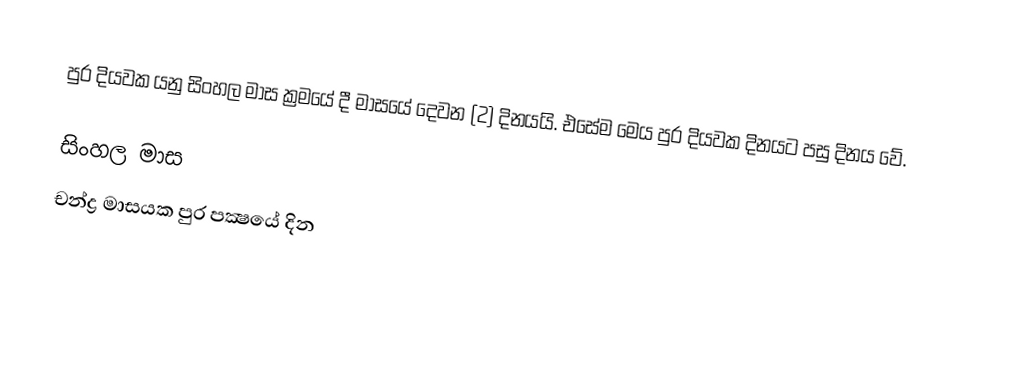
පුර දියවක යනු සිංහල මාස ක්‍රමයේ දී මාසයේ දෙවන (2) දිනයයි. එසේම මෙය පුර දියවක දිනයට පසු දිනය වේ.

සිංහල මාස
චන්ද්‍ර මාසයක පුර පක්‍ෂයේ දින